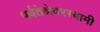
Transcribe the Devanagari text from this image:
पर्वतेश्रेवरस्वामी